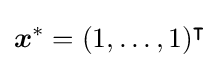
{\boldsymbol {x}}^{*}=(1,\dots ,1)^{\intercal }